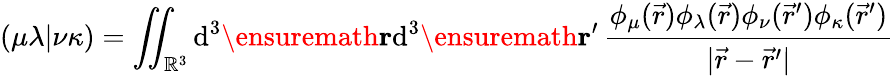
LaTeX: (\mu\lambda\vert\nu\kappa)=\iint_{\mathbb{R}^{3}}\mathrm{d}^{3}\ensuremath\mathbf{r}\mathrm{d}^{3}\ensuremath\mathbf{r}^{\prime}\, \frac{\phi_{\mu}(\vec{r})\phi_{\lambda}(\vec{r})\phi_{\nu}(\vec{r}^{\prime})\phi_{\kappa}(\vec{r}^{\prime})}{\vert\vec{r}-\vec{r}^{\prime}\vert}